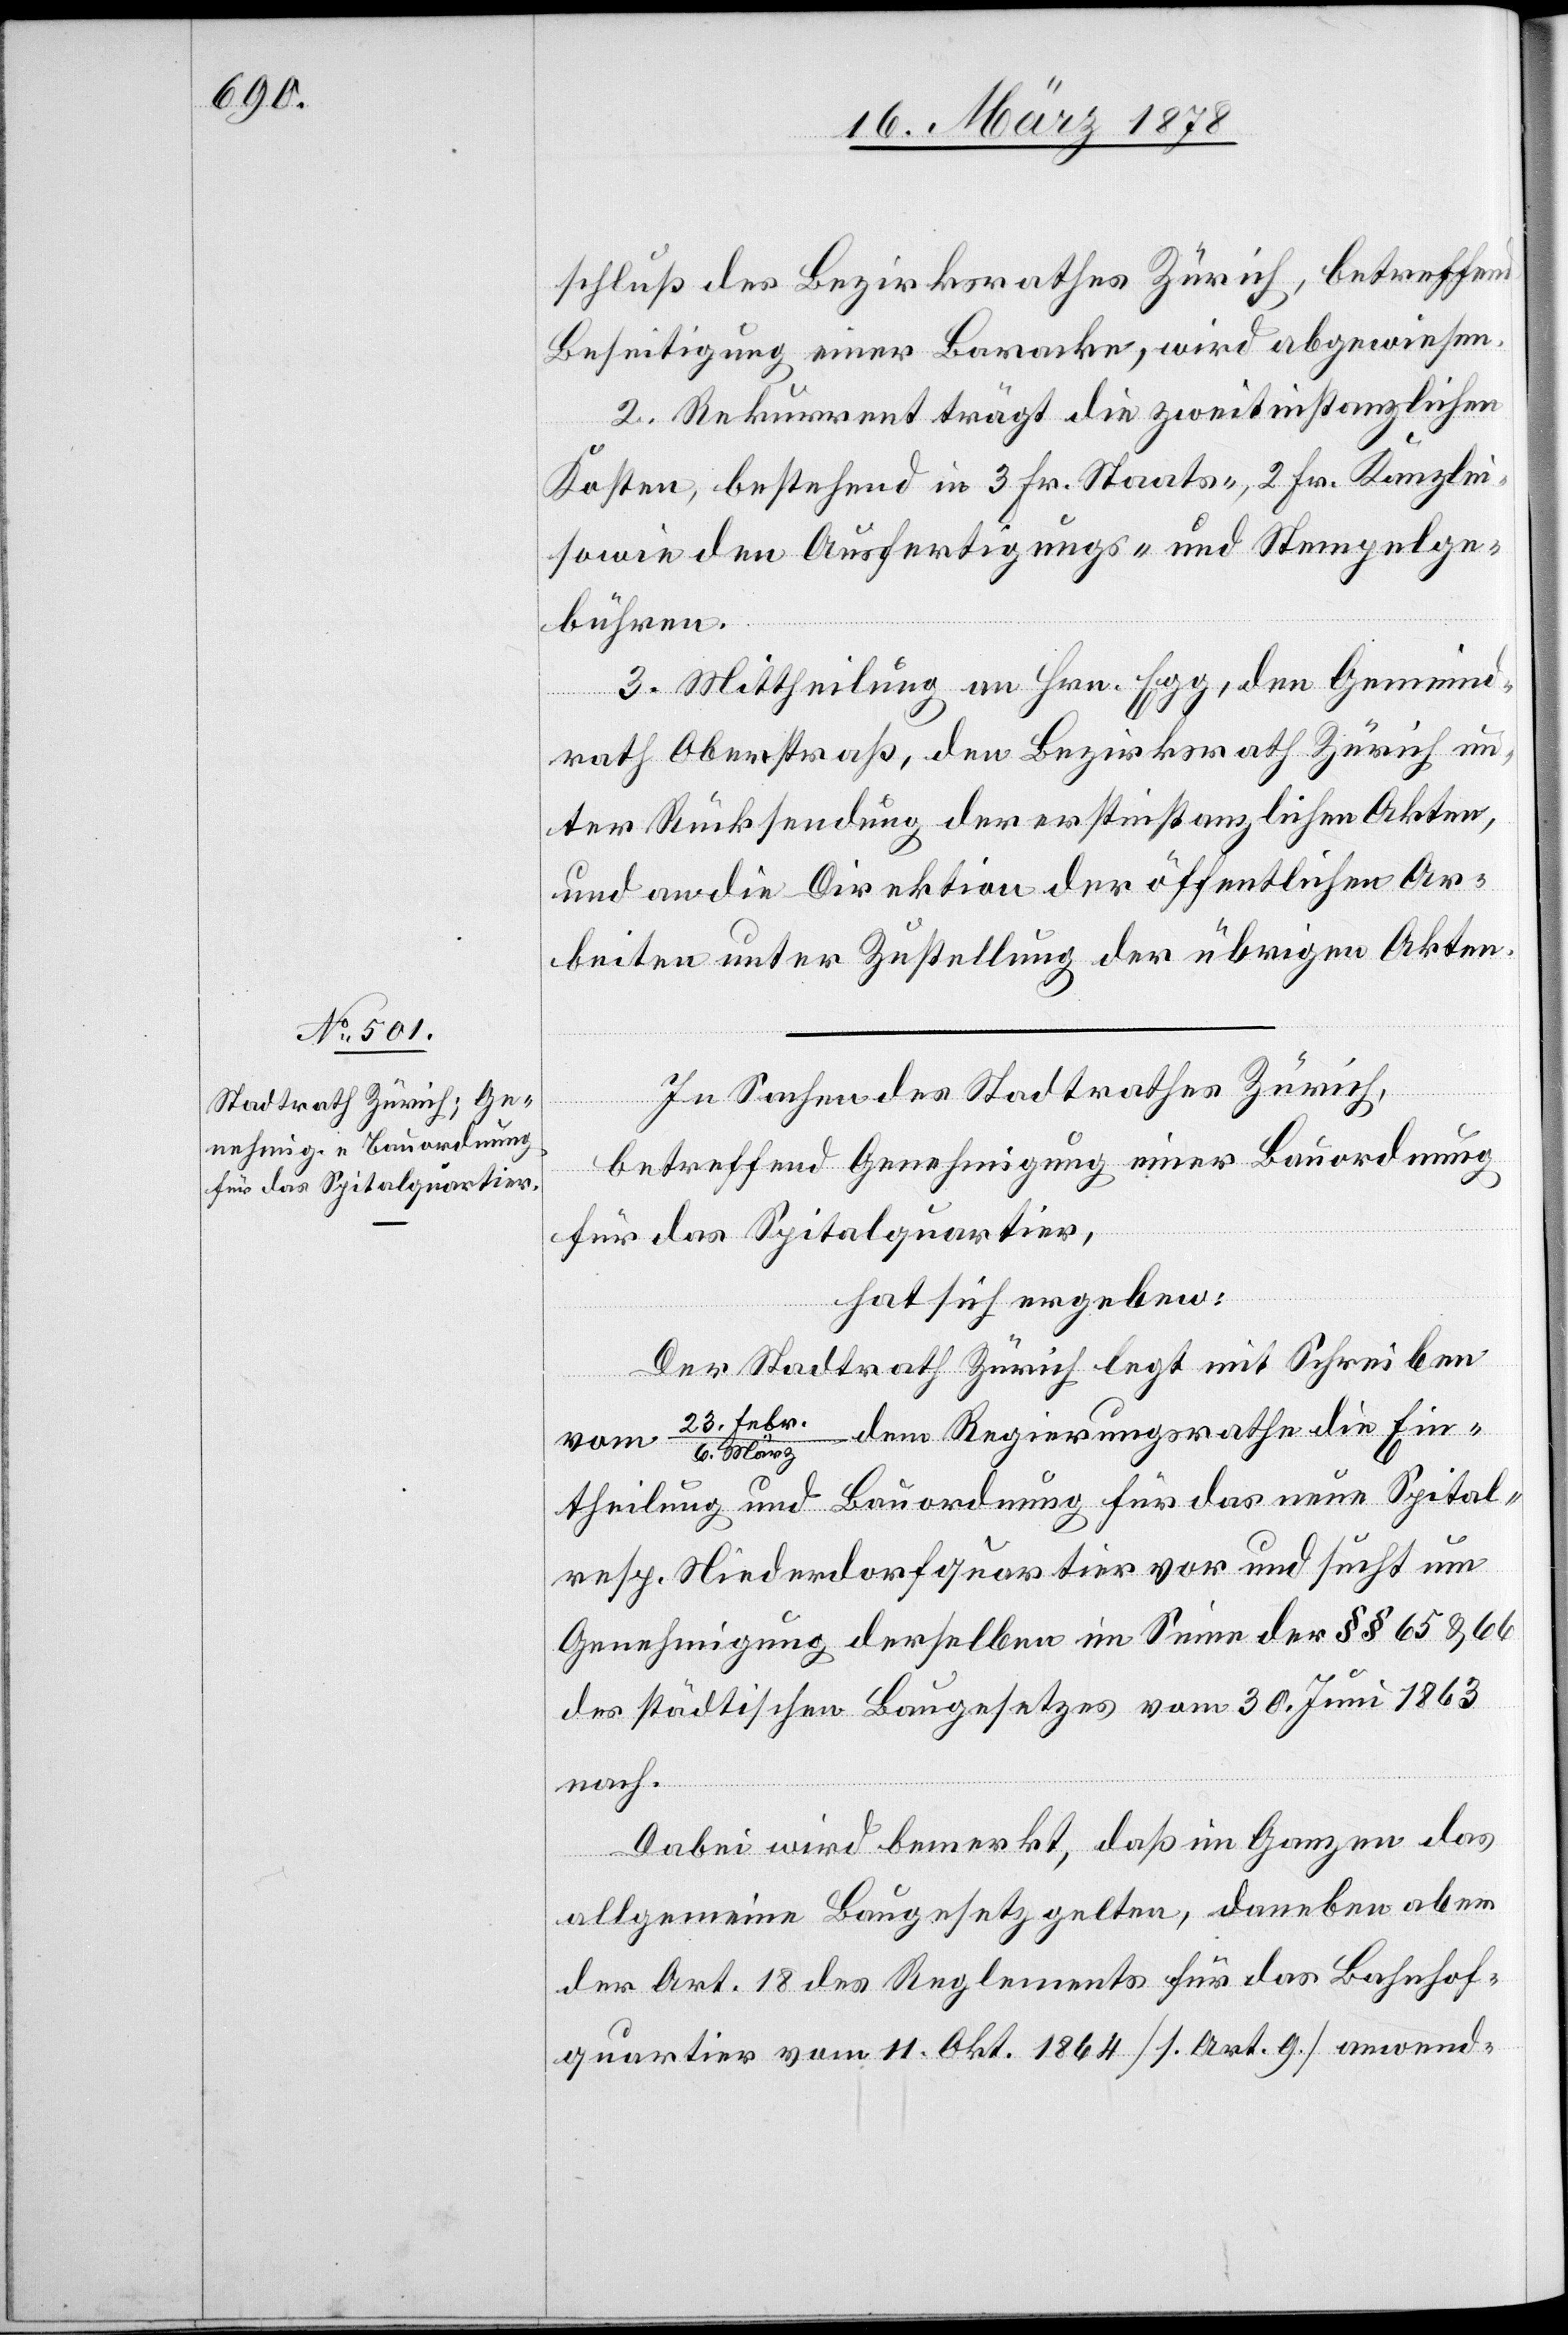
schluß des Bezirksrathes Zürich, betreffend
Beseitigung einer Baracke, wird abgewiesen.
2. Rekurrent trägt die zweitinstanzlichen
Kosten, bestehend in 3 Fr. Staats-, 2 Fr. Kanzlei-
sowie den Ausfertigungs- und Stempelge¬
bühren.
3. Mittheilung an Hrn. Egg, den Gemeind¬
rath Oberstraß, den Bezirksrath Zürich un¬
ter Rücksendung der erstinstanzlichen Akten,
und an die Direktion der öffentlichen Ar¬
beiten unter Zustellung der übrigen Akten.
In Sachen des Stadtrathes Zürich,
betreffend Genehmigung einer Bauordnung
für das Spitalquartier,
hat sich ergeben:
Der Stadtrath Zürich legt mit Schreiben
vom 23. Febr. / 6. März dem Regierungsrathe die Ein¬
theilung und Bauordnung für das neue Spital-
resp. Niederdorfquartier vor und sucht um
Genehmigung derselben im Sinne der §§ 65 & 66
des städtischen Baugesetzes vom 30. Juni 1863
nach.
Dabei wird bemerkt, daß im Ganzen das
allgemeine Baugesetz gelten, daneben aber
der Art. 18 des Reglements für das Bahnhof¬
quartier vom 11. Okt. 1864 (1. Art. 9.) anwend-